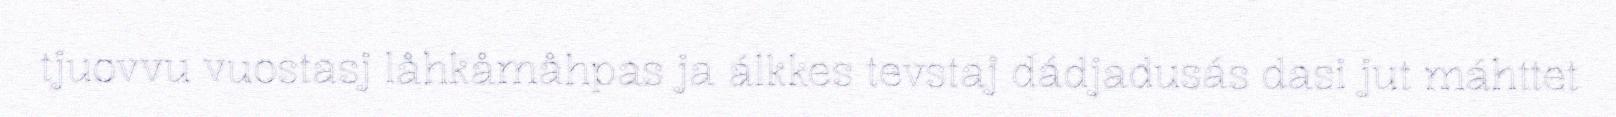
tjuovvu vuostasj låhkåmåhpas ja álkkes tevstaj dádjadusás dasi jut máhttet